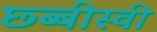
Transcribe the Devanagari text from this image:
छ्ब्बीस्वी